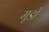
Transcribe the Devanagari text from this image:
गूडो